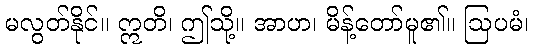
မလွတ်နိုင်။ ဣတိ၊ ဤသို့။ အာဟ၊ မိန့်တော်မူ၏။ ဩပမံ၊